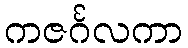
ကဇင်္ဂလကာ